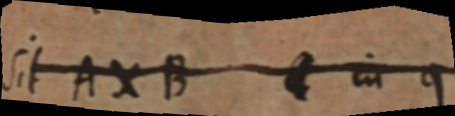
Sit AXB _ in q